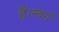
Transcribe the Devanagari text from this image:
हैं।स्वर्ग